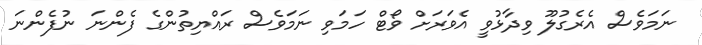
ނަމަވެސް އެރެގުލޫ ވިދާޅުވީ އެވަރަށް ވޯޓް ހަމަވި ނަމަވެސް ރައްޔިތުންގެ ފެންނަ ނުފެންނަ